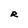
Character: R